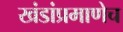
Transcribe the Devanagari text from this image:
खंडांप्रमाणेच